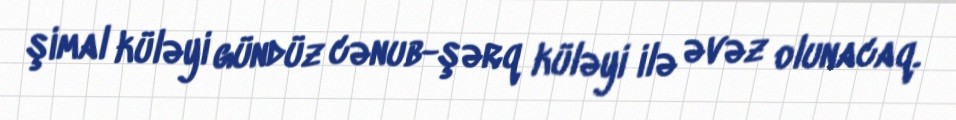
şimal küləyi gündüz cənub-şərq küləyi ilə əvəz olunacaq.